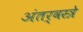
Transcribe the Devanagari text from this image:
अंतर्वस्त्रे